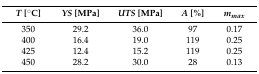
| T [°C] | YS [MPa] | UTS [MPa] | A [%] | mmax |
 | --- | --- | --- | --- | --- |
 | 350 | 29.2 | 36.0 | 97 | 0.17 |
 | 400 | 16.4 | 19.0 | 119 | 0.25 |
 | 425 | 12.4 | 15.2 | 119 | 0.25 |
 | 450 | 28.2 | 30.0 | 28 | 0.13 |